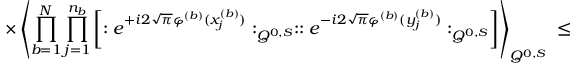
\times \left\langle \prod _ { b = 1 } ^ { N } \prod _ { j = 1 } ^ { n _ { b } } \left[ : e ^ { + i 2 \sqrt { \pi } \varphi ^ { ( b ) } ( x _ { j } ^ { ( b ) } ) } : _ { Q ^ { 0 , S } } : : e ^ { - i 2 \sqrt { \pi } \varphi ^ { ( b ) } ( y _ { j } ^ { ( b ) } ) } : _ { Q ^ { 0 , S } } \right] \right\rangle _ { Q ^ { 0 , S } } \; \leq